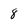
Character: 8